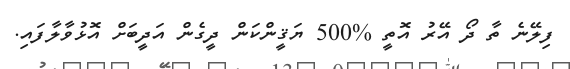
ފިލޭނެ ތާ ދޯ އޭރު އޮތީ %500 ޔަޤީންކަން ދީގެން އަދީބަށް އޮޅުވާލާފައި.